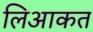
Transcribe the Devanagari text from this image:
लिआकत